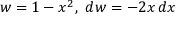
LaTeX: w = 1 - x ^ { 2 } , \ d w = - 2 x \, d x